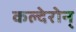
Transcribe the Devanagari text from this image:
कल्देरोन्